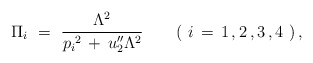
\begin{align*} \Pi_{i} \ = \ \frac{ \Lambda^2 }{ p_i{}^2 \,+\, u_2''\Lambda^2 } \qquad (\ i \,=\,1\,,2\,,3\,,4 \ ) \, ,\end{align*}